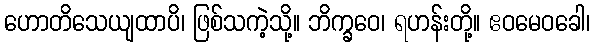
ဟောတိသေယျထာပိ၊ ဖြစ်သကဲ့သို့။ ဘိက္ခဝေ၊ ရဟန်းတို့။ ဧဝမေဝခေါ၊